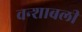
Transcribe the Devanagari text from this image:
वन्शाबली